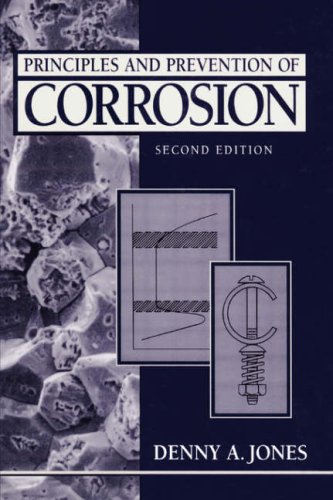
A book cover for Principles and Prevention of Corrosion (2nd Edition); Denny A. Jones; Science & Math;